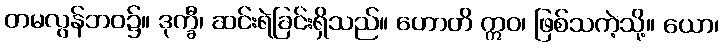
တမလွန်ဘဝ၌။ ဒုက္ခီ၊ ဆင်းရဲခြင်းရှိသည်။ ဟောတိ ဣဝ၊ ဖြစ်သကဲ့သို့။ ယော၊